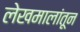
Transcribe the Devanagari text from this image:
लेखमालांतून